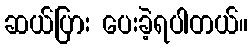
ဆယ်ပြား ပေးခဲ့ရပါတယ်။